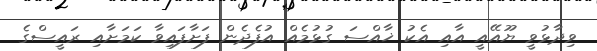
ވިދާޅުވީ ޔޫއޭއީ އާއި އެކު ޚާއްސަ ގުޅުމެއް އުފެދެން ފަށާފައިވާ ކަމަށާއި ރައީސްގެ